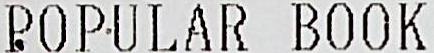
POPULAR BOOK